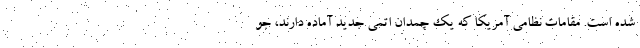
شده است. مقامات نظامی آمریکا که یک چمدان اتمی جدید آماده دارند، جو